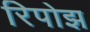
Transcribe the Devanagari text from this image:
रिपोझ